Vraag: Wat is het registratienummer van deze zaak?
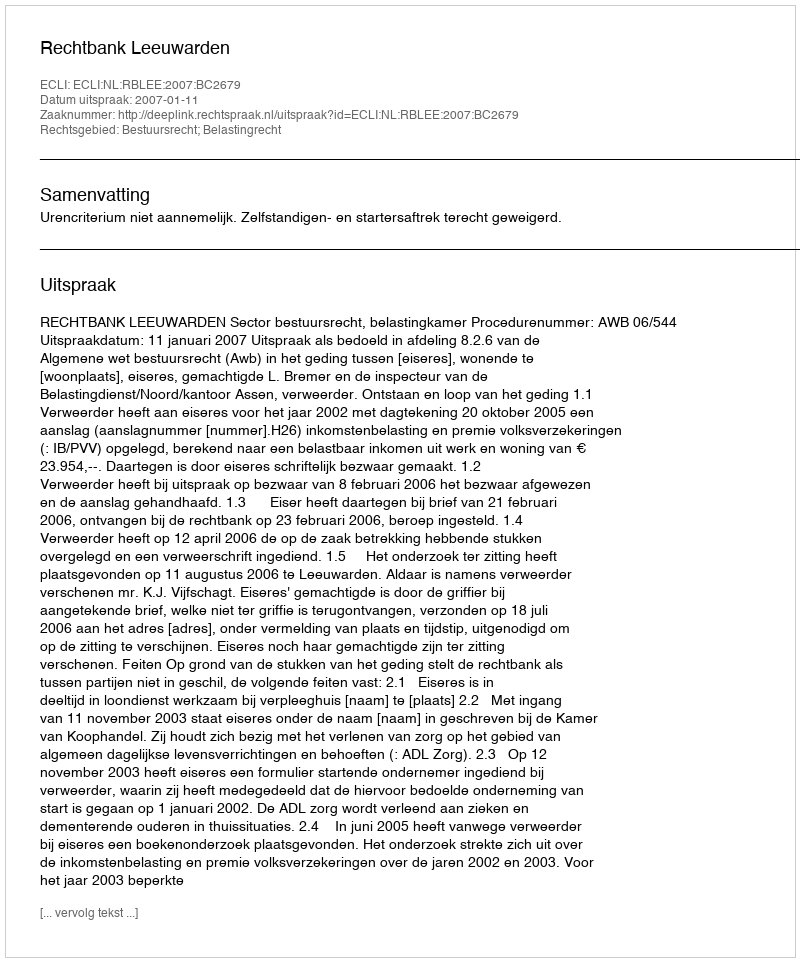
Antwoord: http://deeplink.rechtspraak.nl/uitspraak?id=ECLI:NL:RBLEE:2007:BC2679